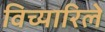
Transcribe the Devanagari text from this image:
विच्यारिले